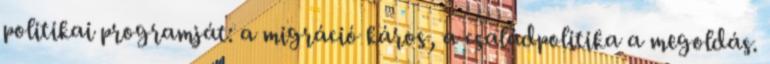
politikai programját: a migráció káros, a családpolitika a megoldás.